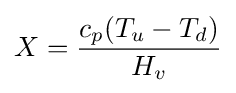
X={\frac {c_{p}(T_{u}-T_{d})}{H_{v}}}